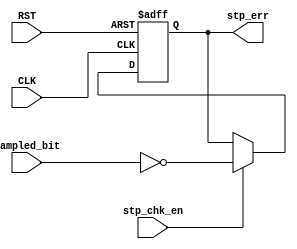
/*
Module: STOP_CHECK.v
Owner : Omar  Salah
-------------------------
Description :
-------------

-------------------------
Mapping     :
-------------
STOP_CHECK stop_check 
(
  .stp_chk_en   ()    ,
  .sampled_bit  ()    ,
  .CLK          ()    ,
  .RST          ()    ,
  .stp_err      ()       
);
*/

module  STOP_CHECK  
(
  input   wire    stp_chk_en    ,
  input   wire    sampled_bit   ,
  input   wire    CLK           ,
  input   wire    RST           ,
  output  reg     stp_err       
);
  
always  @ (posedge  CLK or negedge  RST)
  begin
   if(!RST)
     begin
       stp_err  <=    1'b0        ;
     end
 else
   if(stp_chk_en)
     begin
       stp_err  <=  !sampled_bit  ;
     end
  end
  
endmodule